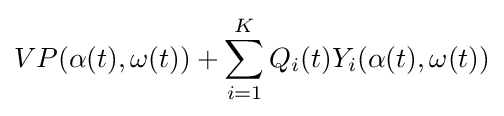
VP(\alpha (t),\omega (t))+\sum _{i=1}^{K}Q_{i}(t)Y_{i}(\alpha (t),\omega (t))